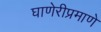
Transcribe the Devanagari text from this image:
घाणेरीप्रमाणे